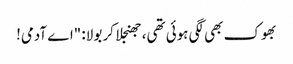
بھوک بھی لگی ہوئی تھی، جھنجلا کر بولا: "اے آدمی!